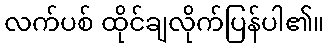
လက်ပစ် ထိုင်ချလိုက်ပြန်ပါ၏။